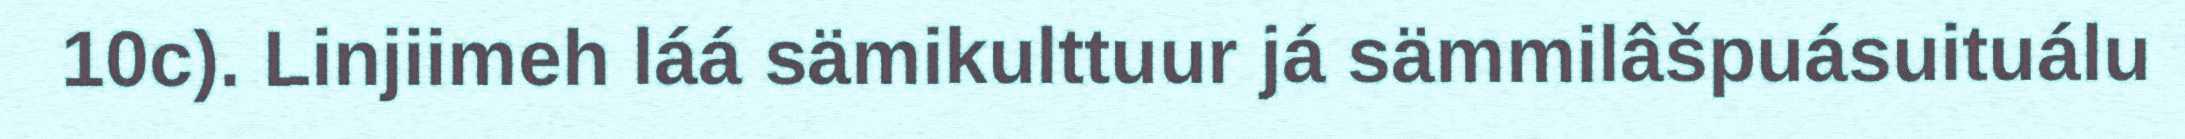
10c). Linjiimeh láá sämikulttuur já sämmilâšpuásuituálu